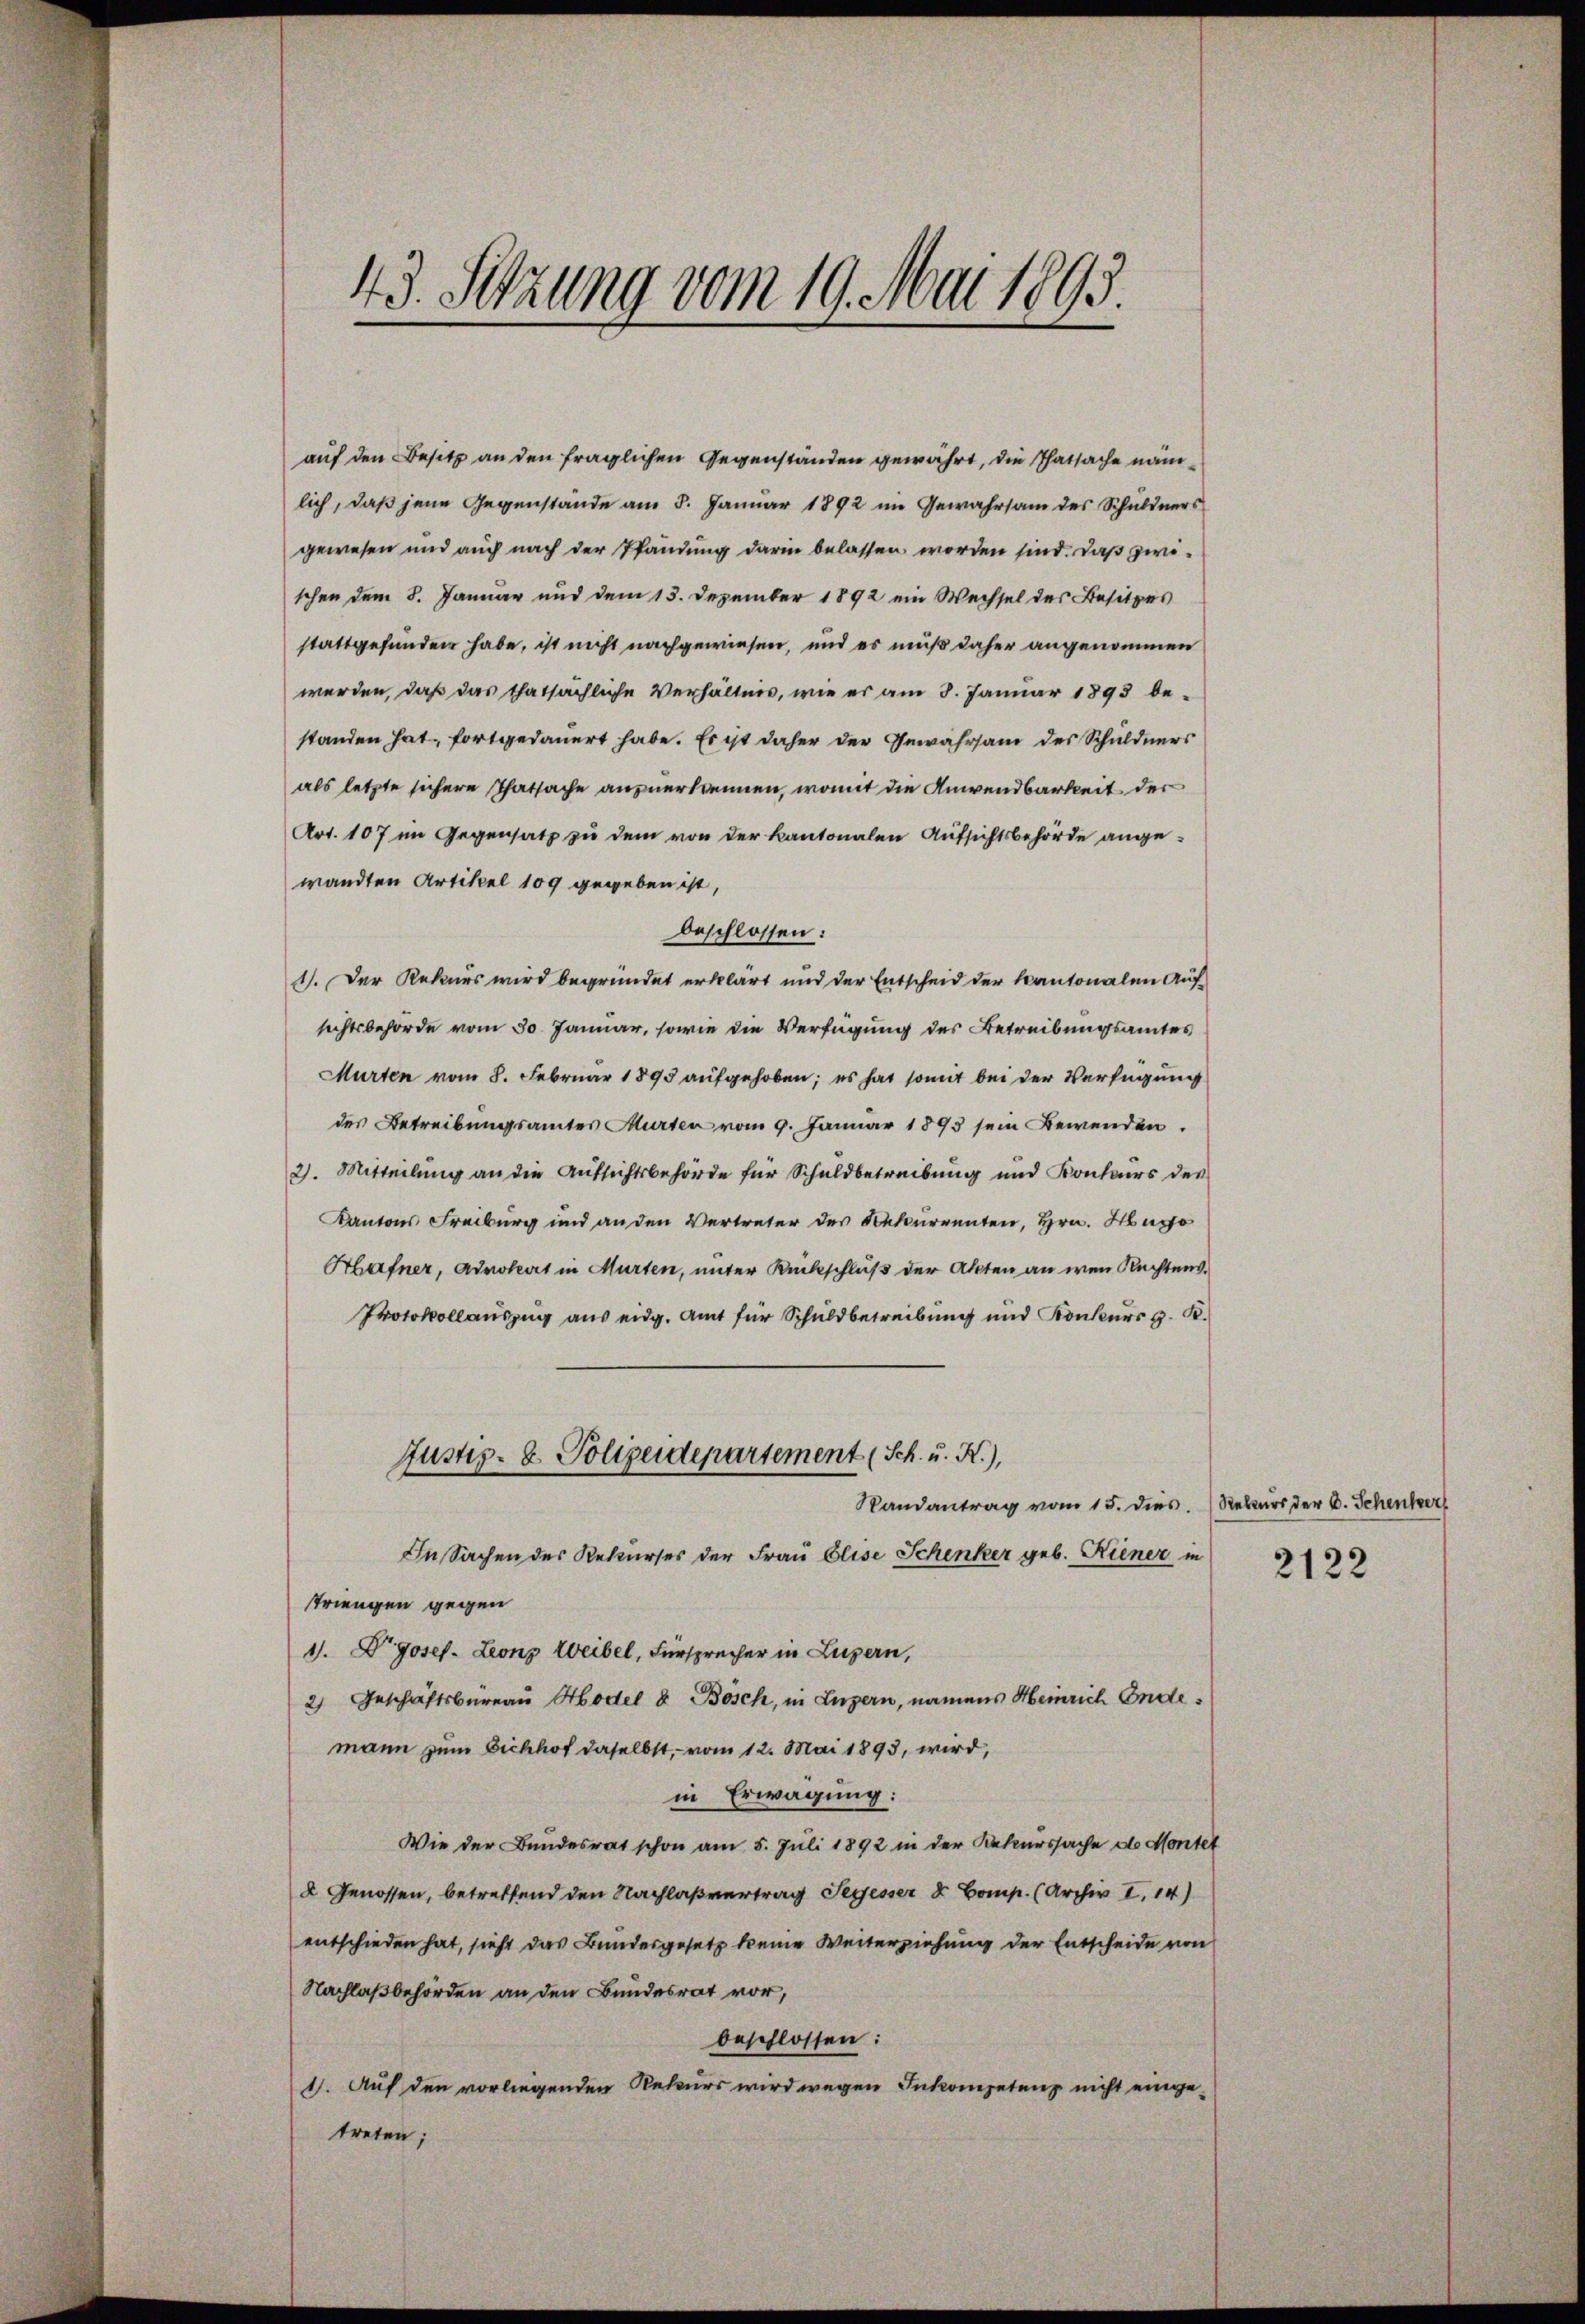
43. Setzung vom 19. Mai 1893.

auf den Besitz an den fraglichen Gegenständen gewährt, die Thatsache nämlich, daß jene Gegenstande am 8. Januar 1892 im Gewahrsam des Schuldners
gewesen und auch nach der Pfändung darin belassen worden sind. Daß zwischen dem 8. Januar und dem 13. Dezember 1892 ein Wechsel des Besitzes
stattgefunden habe, ist nicht nachgewiesen, und es muß daher angenommen
werden, daß das thatsächliche Verhältnis, wie es am 8. Januar 1893 bestanden hat, fortgedauert habe. Es ist daher der Gewahrsam des Schuldners
als letzte sichere Thatsache anzuerkennen, womit die Anwendbarkeit der
Art. 107 im Gegensatz zu dem von der Kantonalen Aufsichtsbehörde angewandten Artikel 109 gegeben ist,
beschlossen:
1). Der Rekurs wird begründet erklärt und der Entscheid der kantonalen Aufsichtsbehörde vom 30. Januar, sowie die Verfügung des Betreibungsamtes
Murten vom 8. Februar 1895 aufgehoben; es hat somit bei der Verfügung
des Betreibungsamtes Murten vom 9. Januar 1893 sein Bewenden.
2. Mitteilung an die Aufsichtsbehörde für Schuldbetreibung und Konkurs des
Kantons Freiburg und an den Vertreter des Rekurrenten, Hrn. Hugo
Hafner, Advokat in Murten, unter Rückschluß der Akten an wen Rechtens
Protokollauszug aus eidg. Amt für Schuldbetreibung und Konkurs z. B.
Justiz- & Polizeidepartement (Sch. u. K.),
Randantrag vom 15. dies. Rekurs der C. Schenker
In Sachen des Rekurses der Frau Elise Schenker geb. Riener in
triengen gegen
1). Dr Josef. Leonz Weibel, Fürsprecher in Luzern,
2) Geschäftsbureau Hodel 8 Bösch, in Luzern, namens Heinrich Ende
mann zum Eichhof daselbst, - vom 12. Mai 1893, wird,
in Erwägung:
Wie der Bundesrat schon am 5. Juli 1892 in der Rekurssache des Montet
X Genossen, betreffend den Nachlaßvertrag Segesser & Comp. (Archiv I.14)
entschieden hat, sieht das Bundesgesetz keine Weiterziehung der Entscheide von
Nachlaßbehörden an den Bundesrat vor,
beschlossen:
1). Auf den vorliegenden Rekurs wird wegen Inkompetenz nicht eingetreten;

2122